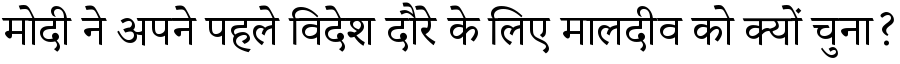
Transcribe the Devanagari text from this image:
मोदी ने अपने पहले विदेश दौरे के लिए मालदीव को क्यों चुना?